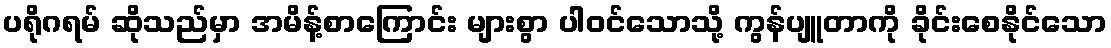
ပရိုဂရမ် ဆိုသည်မှာ အမိန့်စာကြောင်း များစွာ ပါဝင်သောသို့ ကွန်ပျူတာကို ခိုင်းစေနိုင်သော